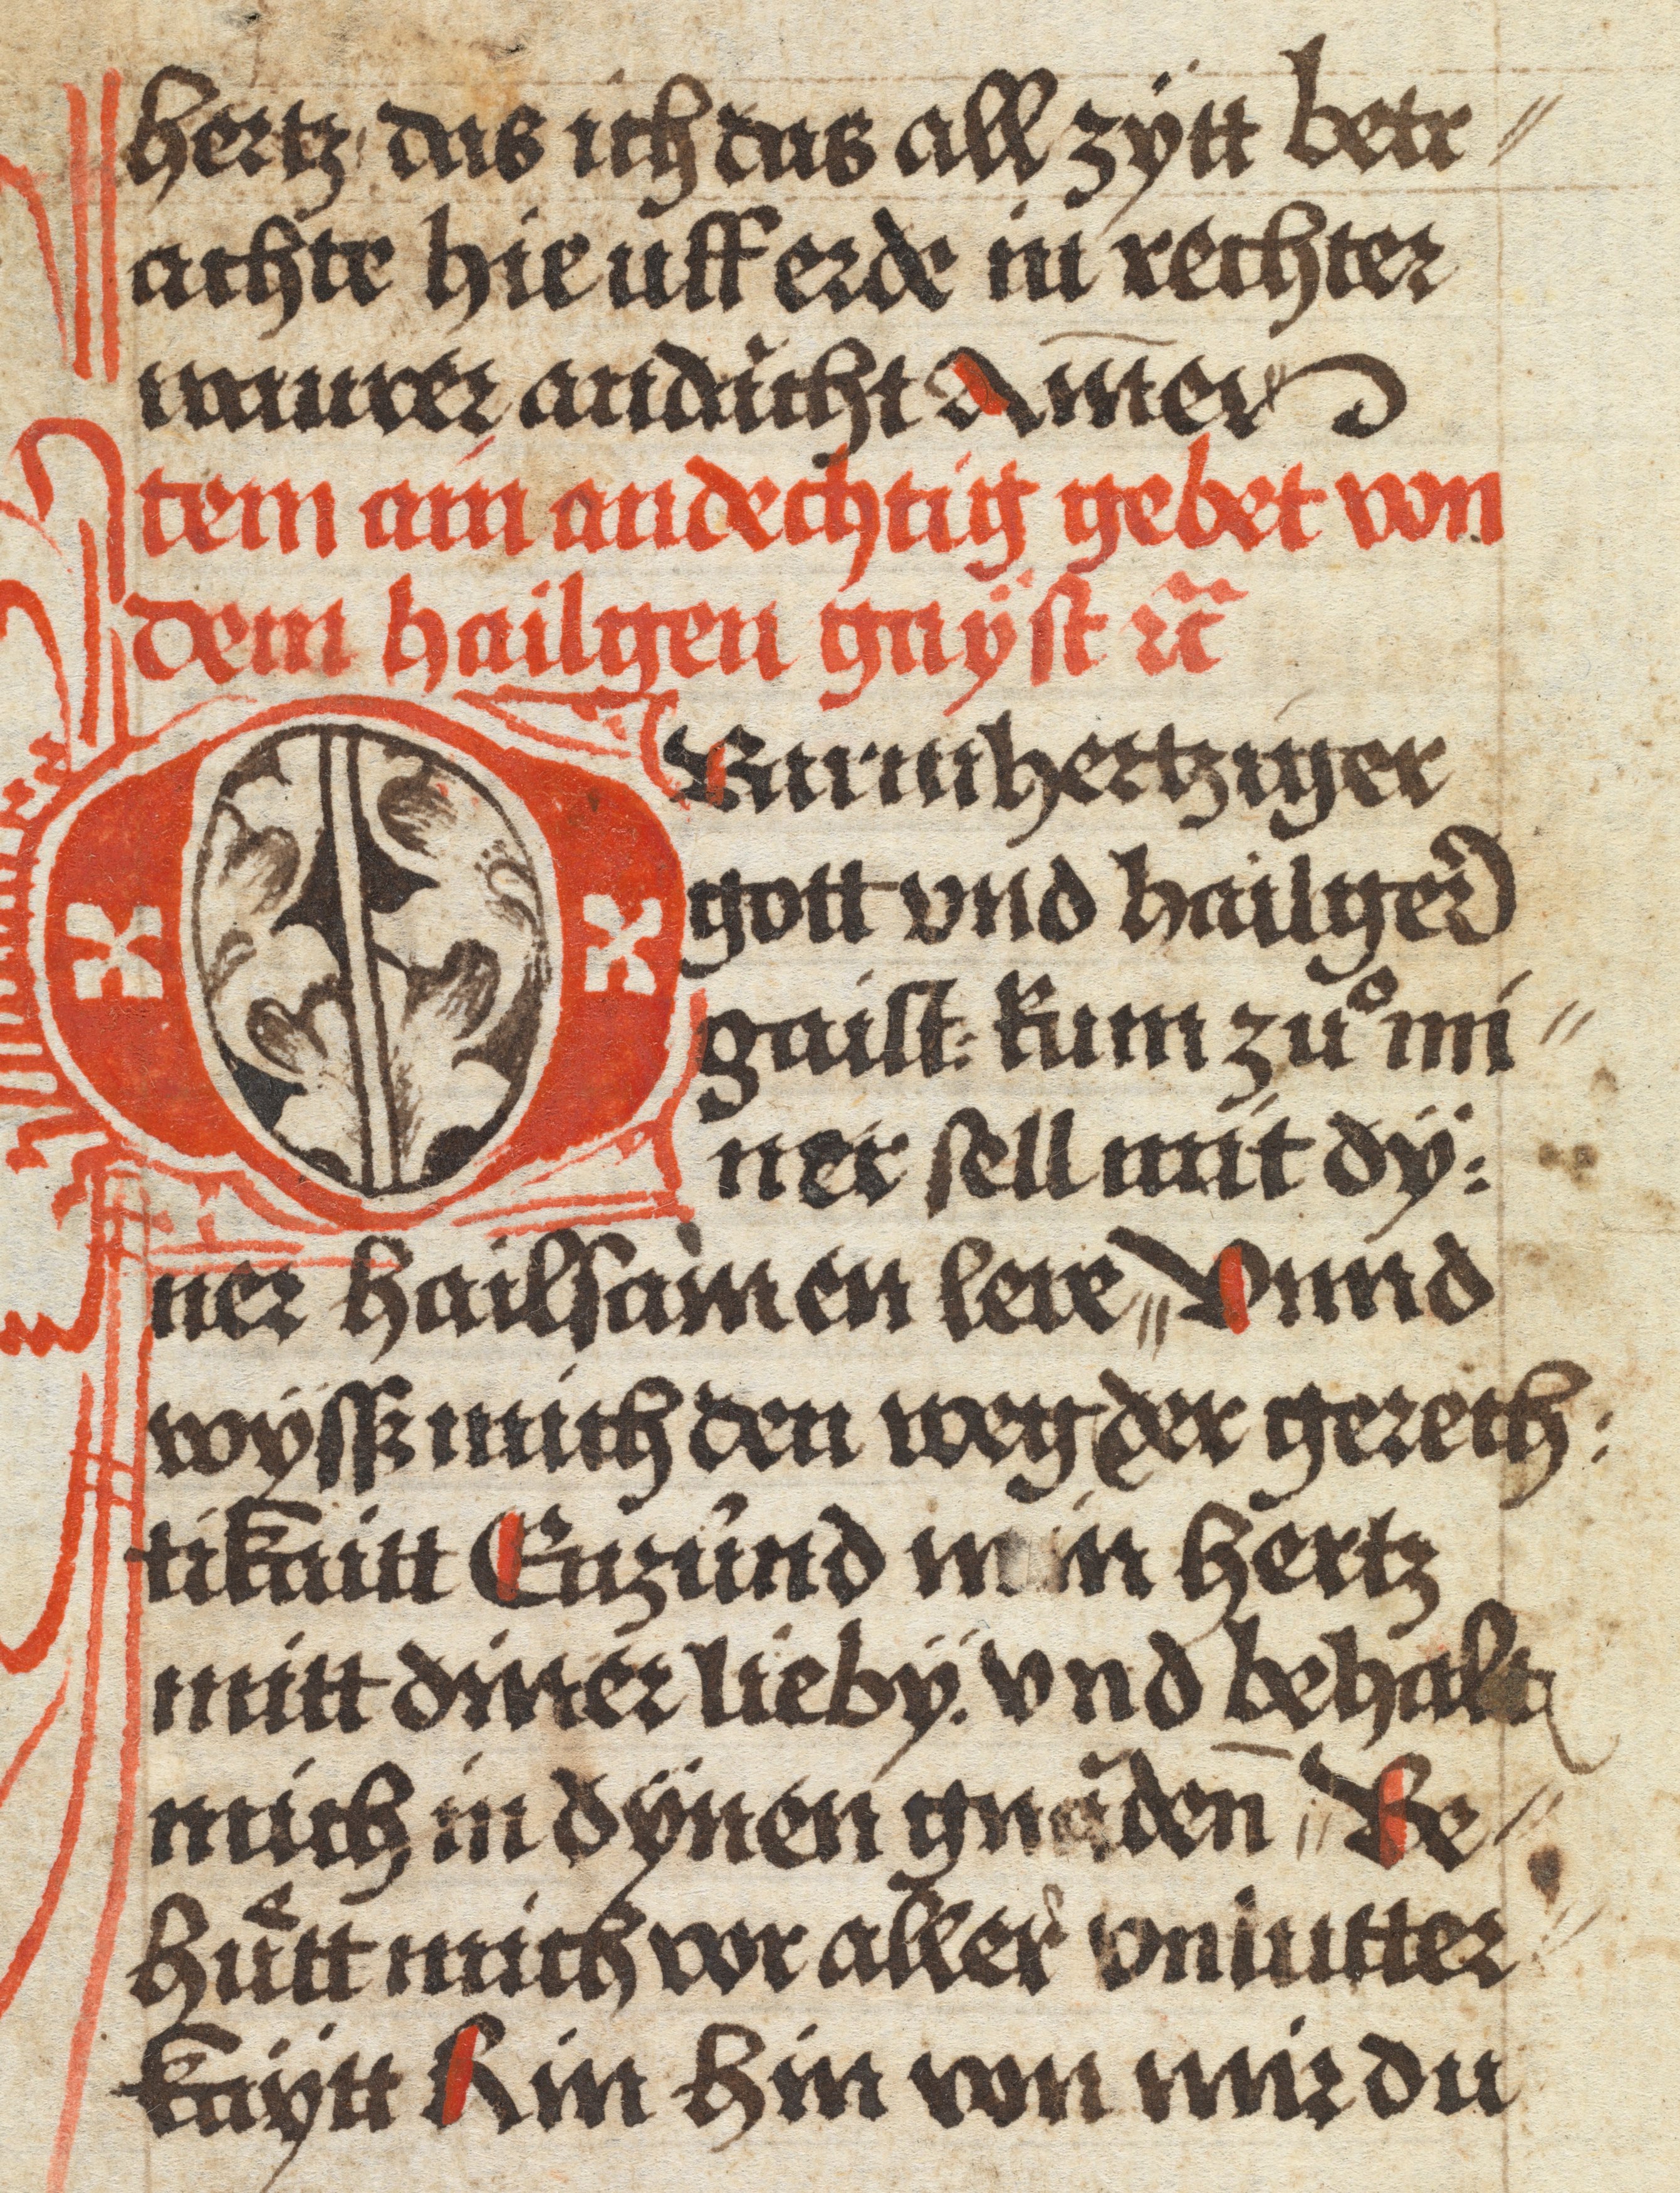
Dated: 1484–1485